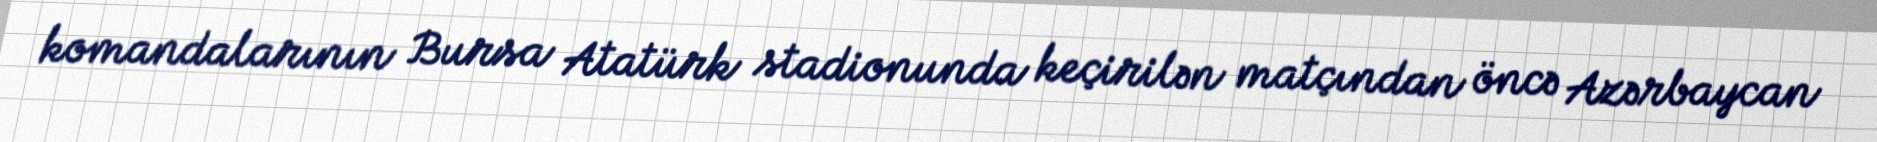
komandalarının Bursa Atatürk stadionunda keçirilən matçından öncə Azərbaycan